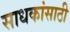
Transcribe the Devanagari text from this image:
साधकांसाठी